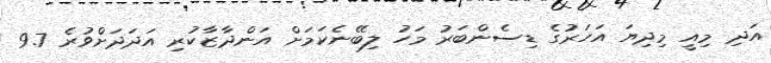
އަދި މިއީ މިދިޔަ އަހަރުގެ ޑިސެންބަރު މަހު ލިބޭނެކަމަށް އަންދާޒާކުރި އަދަދަށްވުރެ 9.7